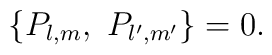
\{ P_{l,m},\ P_{l',m'}\} = 0.